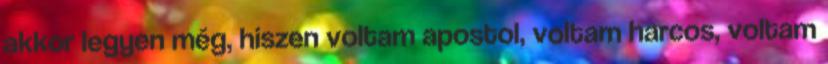
akkor legyen még, hiszen voltam apostol, voltam harcos, voltam